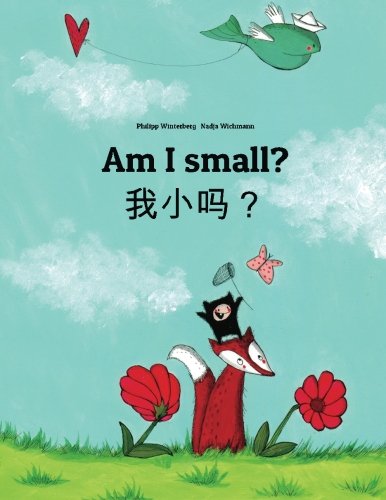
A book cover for Am I small?: Wo xiao ma? Children's Picture Book English-Chinese [simplified] (Bilingual Edition) (Chinese Edition); Philipp Winterberg; Children's Books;